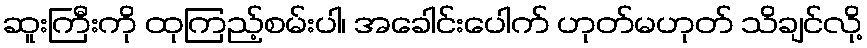
ဆူးကြီးကို ထုကြည့်စမ်းပါ၊ အခေါင်းပေါက် ဟုတ်မဟုတ် သိချင်လို့